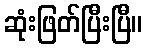
ဆုံးဖြတ်ပြီးပြီ။